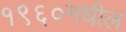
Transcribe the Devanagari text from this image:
१९६०मधील